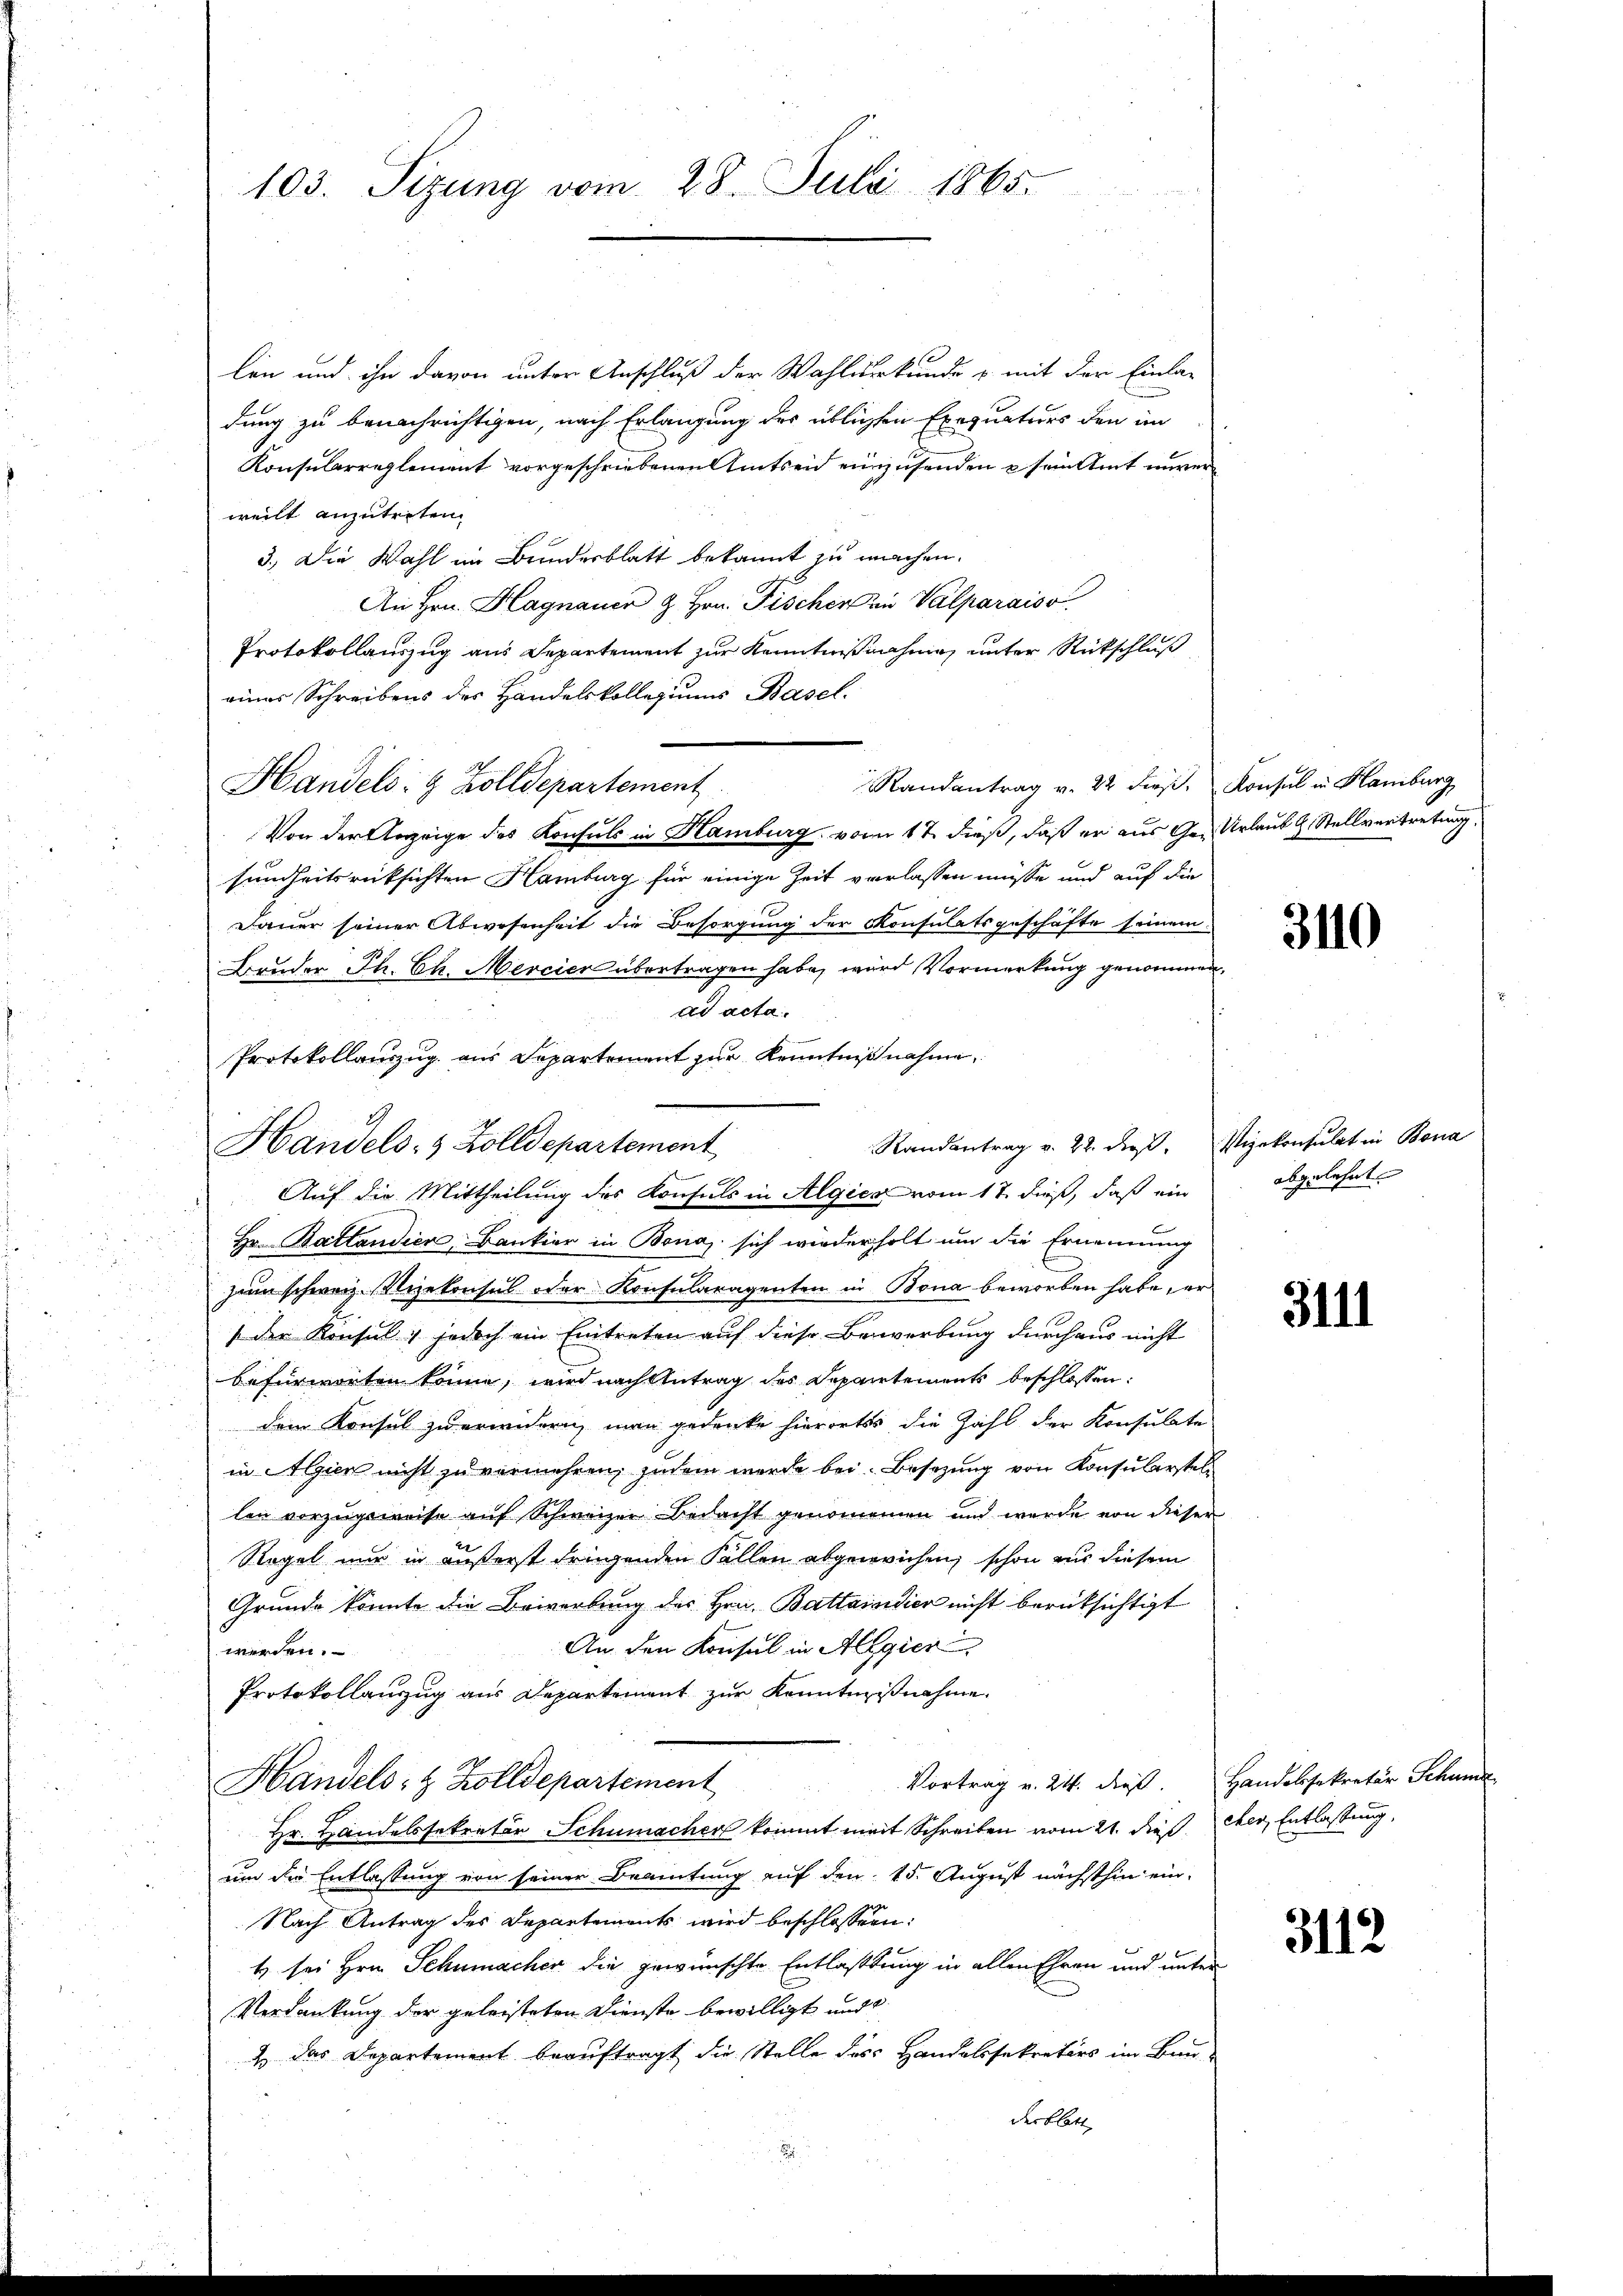
103. Sizung vom 28. Juli 1865.

len und ihn davon unter Anschluß der Wahlurkunde u. mit der Einla-
dung zu benachrichtigen, nach Erlangung der üblichen Exequations den im
Konsularreglement vorgeschriebenen Amtseid einzusenden & sein Amt nurer
weilt anzutreten.
3.) Die Wahl im Bundesblatt bekannt zu machen.
An Hrn. Hagnauer & Hrn. Fischer in Valparaiso
Protokollauszug aus Departement zur Kenntnißnahmen unter Rückschluß
eines Schreibens des Handelskollegiums Basel.
Randantrag v. 22 dies. Konsul in Hamburg
Handels- & Zolldepartement
Von der Anzeige des Konsuls in Hamburg vom 17. dieß, daß er aus Ge- Urlaub b. Stellvertretung
sundheitsrücksichten Hamburg für einige Zeit verlassen müsse und auf die
Dauer seiner Abwesenheit die Besorgung der Konsulatsgeschäfte seinem
Bruder Th. Ch. Mercier übertragen habe, wird Vormerkung genommen,
ad acta.
Protokollauszug aus Departement zur Kenntnißnahme.
Randantrag v. 22. dieß, Vizekonsulat in Bona
Auf die Mittheilung des Konsuls in Algica vom 17. dieß, daß ein
Hr. Battandien, Bankier in Bona sich wiederholt um die Ernennung
zum schweiz. Vizekonsul oder Konsularagenten in Bona beworben habe, un
 der Konsul, jedoch ein Eintreten auf diese Bewerbung durchaus nicht
befürworten könne, wird nach Antrag des Departements beschlossen:
dem Konsul zu erwidern man gedenke hierorts die Zahl der Konsulate
in Algien nicht zu vermehren, zudem werde bei Besizung von Konsularstellen vorzugeweise auf Schweizer Bedacht genommen und wurde von dieser
Regel nur in äußerst dringenden Fällen abgewichen, schon nur diesem
Grunde konnte die Bewerbung des Hrn. Battaindier nicht berüksichtigt
An den Konsul in Alegier
werden.
Protokollanzug aus Departement zur Kenntnißnahme.
Vortrag v. 24. dieß. Handelssekretär Schuma
Handels- & Zolldepartement
Hr. Handelssekretär Schumacher kommt mit Schreiben vom 21. dieß der Entlassung,
un der Entlassung von seiner Beamtung auf den 15. August nächsthin ein¬
Nach Antrag des Departements wird beschlossen:
t sei Hrn. Schumacher die gewünschte Entlastung in allen Ehren und unter
Verdankung der geleisteten Dienste bewilligt und
2 das Departement beauftragt, die Stelle des Handelssekretärs im Bau-
derblatt

Handels- & Zolldepartement

3110

abgelehnt.

3111

3112